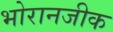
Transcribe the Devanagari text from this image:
भोरानजीक